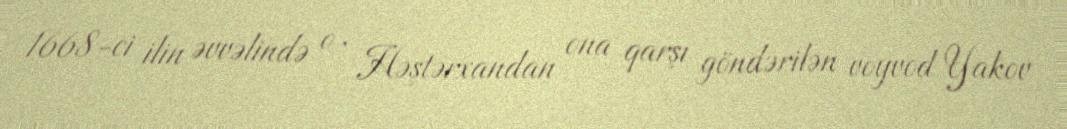
1668-ci ilin əvvəlində o , Həştərxandan ona qarşı göndərilən voyvod Yakov